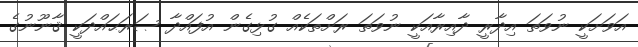
އަވަށަކީ ނުވަތަ އިދާރީ ދާއިރާއަކީ ނުވަތަ ރަށްތަކެއް ގުޅިގެން އުފައްދާ ޞަރަޙައްދަކީ ޤާނޫނުގެ